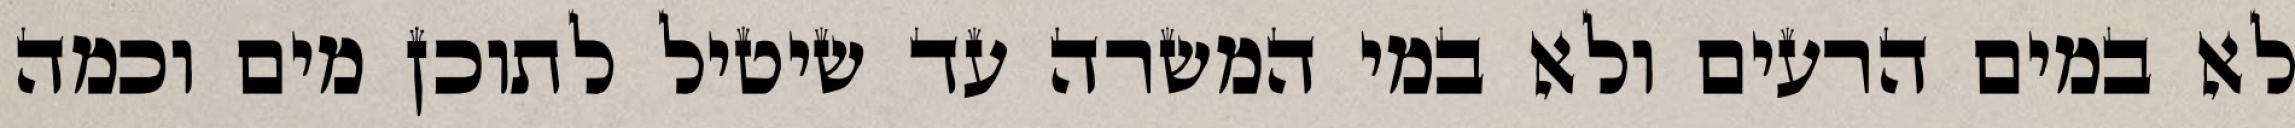
לא במים הרעים ולא במי המשרה עד שיטיל לתוכן מים וכמה